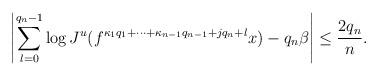
LaTeX: \begin{align*}\left|\sum_{l=0}^{q_{n}-1}\log J^u(f^{\kappa_1q_1+\cdots+\kappa_{n-1}q_{n-1}+jq_{n}+l}x)-q_{n}\beta\right|\leq\frac{2q_{n}}{n}.\end{align*}